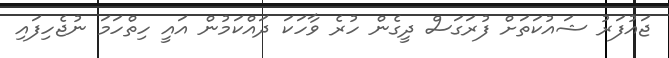
ޖައުފަރު ޝައުކަތަށް ފުރަގަސް ދީގެން ހުރެ ވާހަކަ ދައްކަމުން އައީ ހިތްހަމަ ނުޖެހިފައި